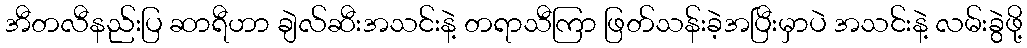
အီတလီနည်းပြ ဆာရီဟာ ချဲလ်ဆီးအသင်းနဲ့ တရာသီကြာ ဖြတ်သန်းခဲ့အပြီးမှာပဲ အသင်းနဲ့ လမ်းခွဲဖို့